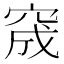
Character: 窚